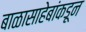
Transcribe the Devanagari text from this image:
बाळासाहेबांकडून